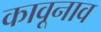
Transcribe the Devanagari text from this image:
कावूनाव